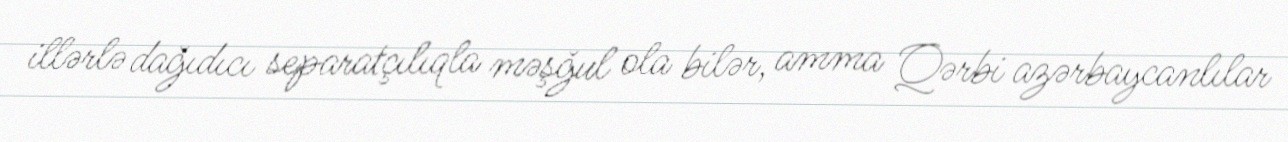
illərlə dağıdıcı separatçılıqla məşğul ola bilər, amma Qərbi azərbaycanlılar